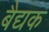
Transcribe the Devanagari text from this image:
बैद्यक